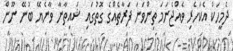
ދެމީހަކު އެކަހެރި ވެއްޖެނަމަ ތިންވަނަ ފަރާތެއްގެ ގޮތުގައި ޝައިތާނާ ވާނެޔޭ ބުނޭ ނޫން